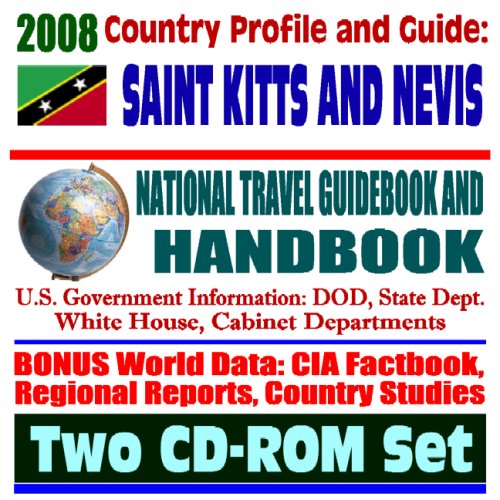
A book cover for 2008 Country Profile and Guide to St. Kitts and St. Nevis - National Travel Guidebook and Handbook - Caribbean Basin Initiative, Partnership of the Americas, Energy (Two CD-ROM Set); U.S. Government; Travel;